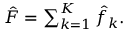
\begin{array} { r } { \hat { F } = \sum _ { k = 1 } ^ { K } \hat { f } _ { k } . } \end{array}